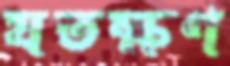
যতক্ষণ